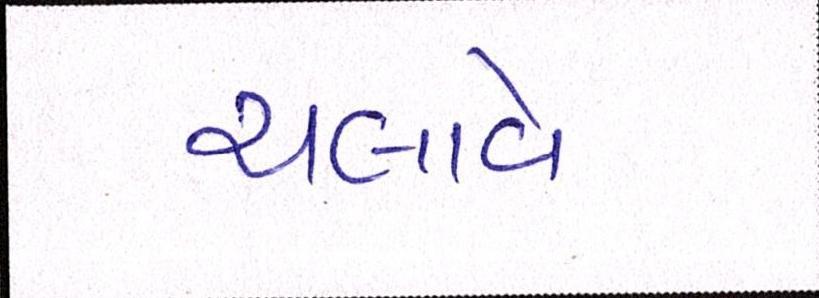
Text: ચલાવે